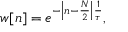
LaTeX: w [ n ] = e ^ { - \left| n - { \frac { N } { 2 } } \right| { \frac { 1 } { \tau } } } ,